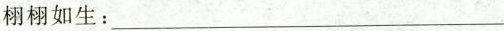
栩栩如生:___